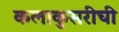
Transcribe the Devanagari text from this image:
कलाकुसरीची